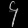
Digit: ၄